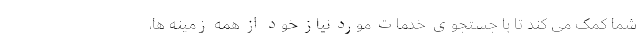
شما کمک می ­کند تا با جستجوی خدمات مورد نیاز خود از همه زمینه­ ها،